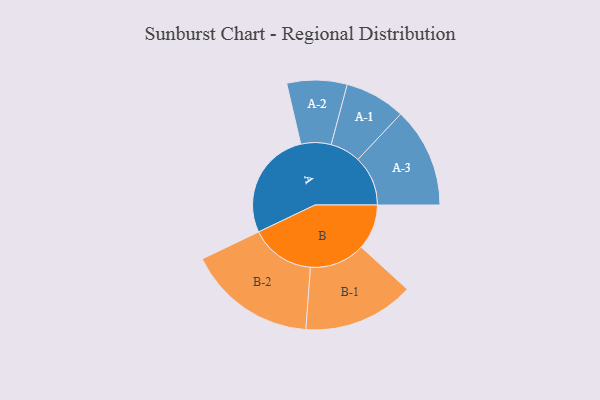
{"axis": {"x": "Segment", "y": "Value"}, "legend": ["", "A", "B"], "data": [{"x": "A", "y": 423, "type": ""}, {"x": "B", "y": 175, "type": ""}, {"x": "A-1", "y": 117, "type": "A"}, {"x": "A-2", "y": 116, "type": "A"}, {"x": "A-3", "y": 193, "type": "A"}, {"x": "B-1", "y": 214, "type": "B"}, {"x": "B-2", "y": 249, "type": "B"}]}